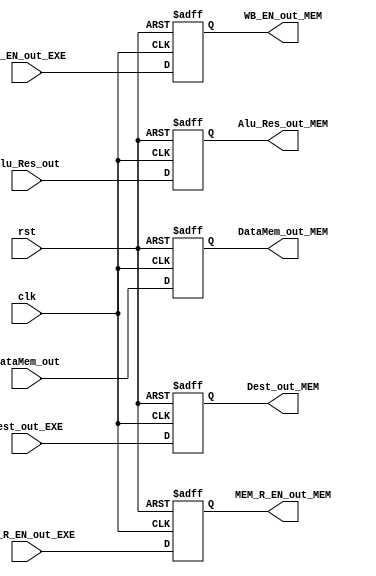
module MEM_WB(clk, rst, WB_EN_out_EXE, MEM_R_EN_out_EXE, Alu_Res_out, DataMem_out, Dest_out_EXE, 
                    WB_EN_out_MEM, MEM_R_EN_out_MEM, Alu_Res_out_MEM, DataMem_out_MEM, Dest_out_MEM);

    input clk, rst, WB_EN_out_EXE, MEM_R_EN_out_EXE;
    input [31:0] Alu_Res_out, DataMem_out;
    input [3:0] Dest_out_EXE;

    output reg WB_EN_out_MEM, MEM_R_EN_out_MEM;
    output reg [31:0] Alu_Res_out_MEM, DataMem_out_MEM;
    output reg [3:0] Dest_out_MEM;

    always @(posedge clk,posedge rst) begin
        if(rst) begin
            WB_EN_out_MEM <= 1'b0;
            MEM_R_EN_out_MEM <= 1'b0;
            Alu_Res_out_MEM <= 32'b0;
            DataMem_out_MEM <= 32'b0;
            Dest_out_MEM <= 4'b0;
        end
        else begin
            WB_EN_out_MEM <= WB_EN_out_EXE;
            MEM_R_EN_out_MEM <= MEM_R_EN_out_EXE;
            Alu_Res_out_MEM <= Alu_Res_out;
            DataMem_out_MEM <= DataMem_out;
            Dest_out_MEM <= Dest_out_EXE;
        end
    end
endmodule